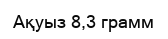
Ақуыз 8,3 грамм